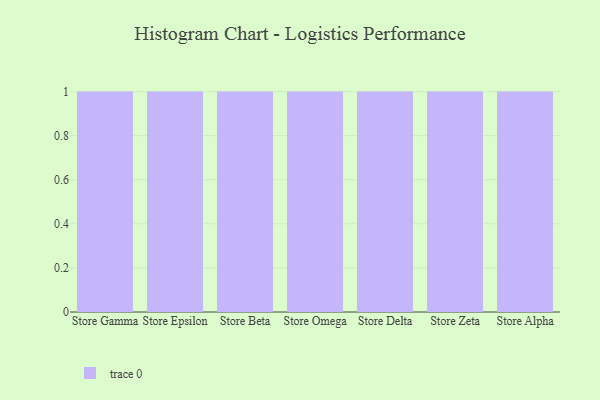
{"axis": {"x": "Store", "y": "Conversion Rate (%)"}, "legend": [""], "data": [{"x": "Store Gamma", "y": 48, "type": ""}, {"x": "Store Epsilon", "y": 87, "type": ""}, {"x": "Store Beta", "y": 39, "type": ""}, {"x": "Store Omega", "y": 86, "type": ""}, {"x": "Store Delta", "y": 56, "type": ""}, {"x": "Store Zeta", "y": 72, "type": ""}, {"x": "Store Alpha", "y": 36, "type": ""}]}